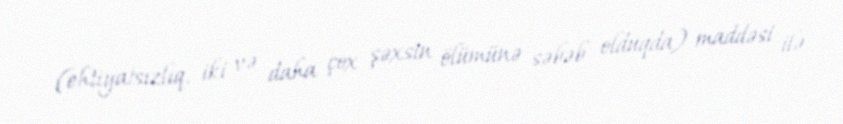
(ehtiyatsızlıq, iki və daha çox şəxsin ölümünə səbəb olduqda) maddəsi ilə